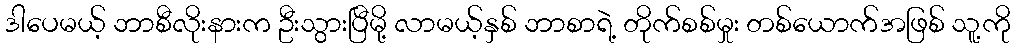
ဒါပေမယ့် ဘာစီလိုးနားက ဦးသွားပြီမို့ လာမယ့်နှစ် ဘာစာရဲ့ တိုက်စစ်မှုး တစ်ယောက်အဖြစ် သူ့ကို